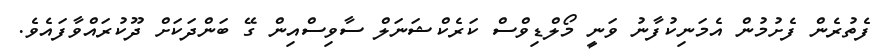
ފެތުރެން ފެށުމުން އެމަނިކުފާނު ވަނީ މޯލްޑިވްސް ކަރެކްޝަނަލް ސާވިސްއިން ގޭ ބަންދަކަށް ދޫކުރައްވާފައެވެ.